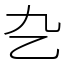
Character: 㐇